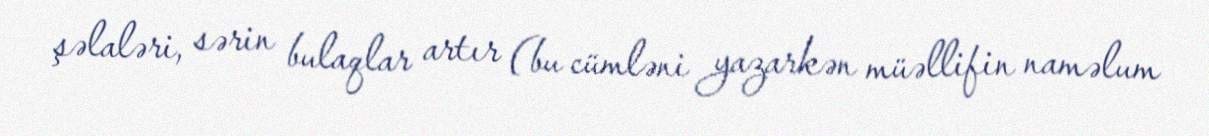
şəlaləri, sərin bulaqlar artır (bu cümləni yazarkən müəllifin naməlum